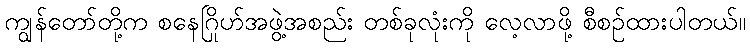
ကျွန်တော်တို့က စနေဂြိုဟ်အဖွဲ့အစည်း တစ်ခုလုံးကို လေ့လာဖို့ စီစဉ်ထားပါတယ်။